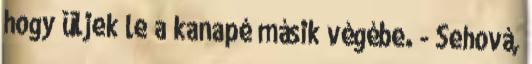
hogy üljek le a kanapé másik végébe. - Sehová,